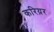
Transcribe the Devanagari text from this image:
करिय़र